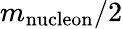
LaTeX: m_{\mathrm{nucleon}}/2